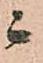
ニ